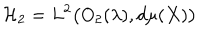
{ \cal H } _ { 2 } = L ^ { 2 } \big ( O _ { 2 } ( \lambda ) , d \mu ( X ) \big )